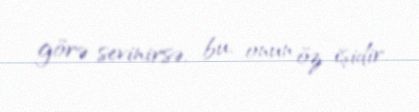
görə sevinirsə, bu, onun öz işidir.